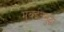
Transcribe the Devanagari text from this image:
मुंबईतसुद्धा